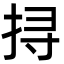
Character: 挦